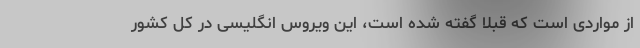
از مواردی است که قبلاً گفته شده است، این ویروس انگلیسی در کل کشور